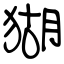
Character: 猢